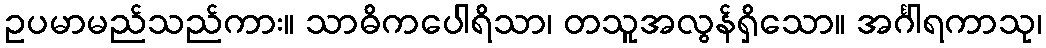
ဥပမာမည်သည်ကား။ သာဓိကပေါရိသာ၊ တသူအလွန်ရှိသော။ အင်္ဂါရကာသု၊